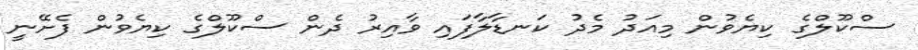
ސްކޫލްގެ ކިޔެވުން މިއަދު މެދު ކަނޑާލާފައި ވާއިރު ދެން ސްކޫލްގެ ކިޔެވުން ފެށޭނީ